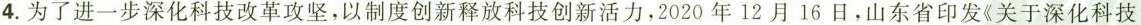
4. 为了进一步深化科技改革攻坚，以制度创新释放科技创新活力，2020年12月16日，山东省印发《关于深化科技